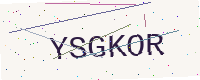
Text: YSGKOR